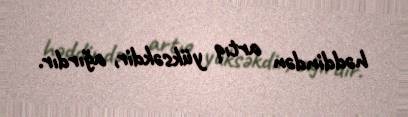
həddindən artıq yüksəkdir, ağırdır.